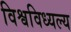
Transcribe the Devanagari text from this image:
विश्वविध्यल्य